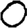
Digit: 0